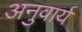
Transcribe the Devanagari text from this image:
अनुवार्य